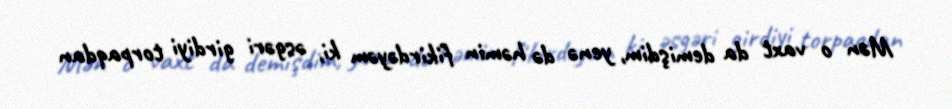
Mən o vaxt da demişdim, yenə də həmin fikirdəyəm ki, əsgəri girdiyi torpaqdan